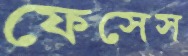
ফেসেস